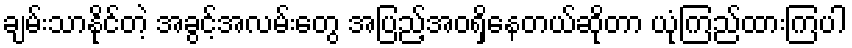
ချမ်းသာနိုင်တဲ့ အခွင့်အလမ်းတွေ အပြည့်အဝရှိနေတယ်ဆိုတာ ယုံကြည်ထားကြပါ